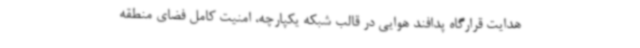
هدایت قرارگاه پدافند هوایی در قالب شبکه یکپارچه، امنیت کامل فضای منطقه